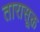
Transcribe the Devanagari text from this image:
तारासूक्त